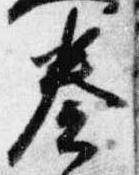
奏